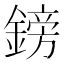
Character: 鎊